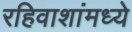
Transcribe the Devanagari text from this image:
रहिवाशांमध्ये